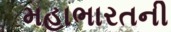
મહાભારતની